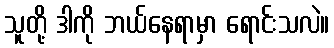
သူတို့ ဒါကို ဘယ်နေရာမှာ ရောင်းသလဲ။